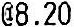
@8.20